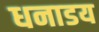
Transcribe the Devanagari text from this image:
धनाडय